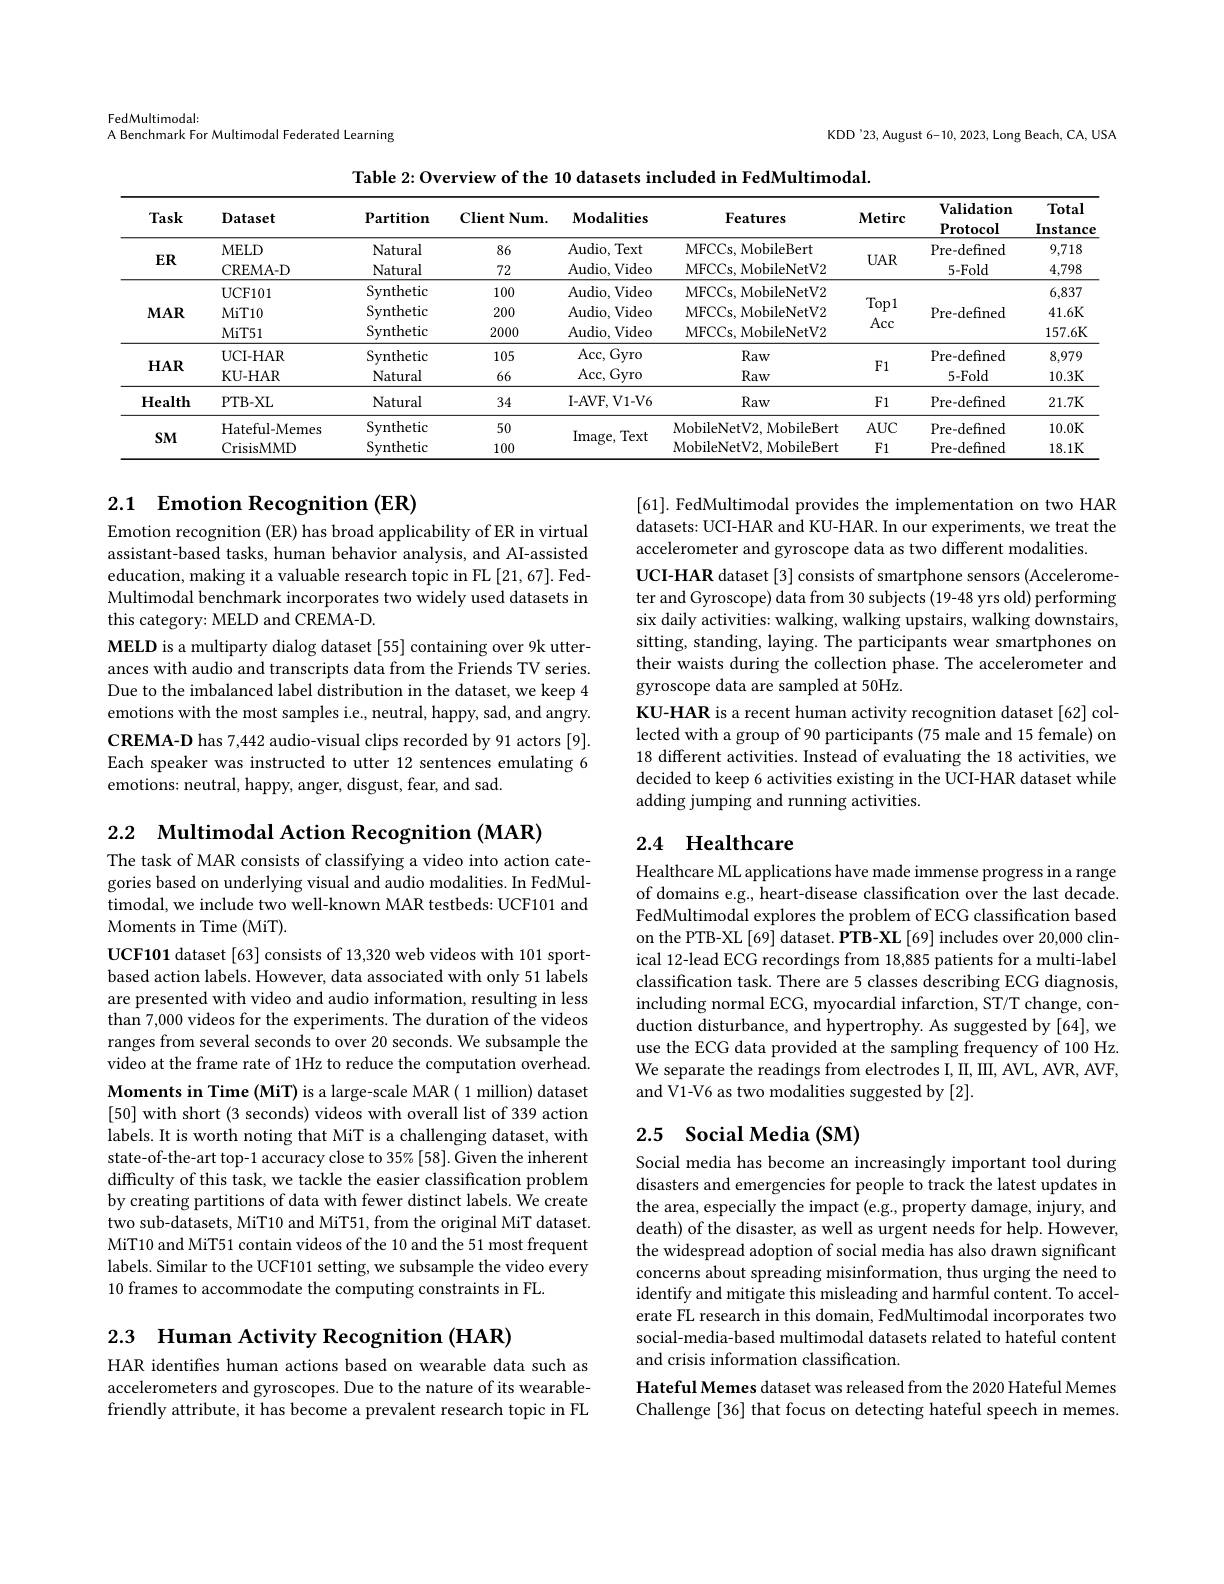
FedMultimodal:
A Benchmark For Multimodal Federated Learning

KDD'23, August 6-10, 2023, Long Beach, CA, USA

Table 2: Overview of the 10 datasets included in FedMultimodal.
<table>
	<tbody>
		<tr>
			<th>Task</th>
			<th>Dataset</th>
			<th>$\mathbf{Partition}$</th>
			<th>Client Num.</th>
			<th>$\mathbf{Modalities}$</th>
			<th>Features</th>
			<th>$\mathbf{Metirc}$</th>
			<th>$\mathbf{Validation}$ $\mathbf{Protocol}$</th>
			<th>Total Instance</th>
		</tr>
		<tr>
			<td rowspan="2">$ER$</td>
			<td>MELD</td>
			<td>Natural</td>
			<td>86</td>
			<td>Audio, Text</td>
			<td>MFCCs, MobileBert</td>
			<td rowspan="2">$UAR$</td>
			<td>Pre-defined</td>
			<td>9,718</td>
		</tr>
		<tr>
			<td>CREMA- D</td>
			<td>Natural</td>
			<td>72</td>
			<td>${\mathrm{Audio,~Video}}$</td>
			<td>MFCCs, MobileNetV2</td>
			<td>5-Fold</td>
			<td>4,798</td>
		</tr>
		<tr>
			<td rowspan="3">$\mathbf{MAR}$</td>
			<td>UCF101</td>
			<td>Synthetic</td>
			<td>100</td>
			<td>Audio, Video</td>
			<td>MFCCs, MobileNetV2</td>
			<td> </td>
			<td> </td>
			<td>6,837</td>
		</tr>
		<tr>
			<td>MiT10</td>
			<td>Synthetic</td>
			<td>200</td>
			<td>Audio, Video</td>
			<td>MFCCs, MobileNetV2</td>
			<td>$10pl$</td>
			<td>Pre-defined</td>
			<td>41.6K</td>
		</tr>
		<tr>
			<td>$MiT51$</td>
			<td>Synthetic</td>
			<td>2000</td>
			<td>Audio, Video</td>
			<td>MFCCs, MobileNetV2</td>
			<td>$ACC$</td>
			<td> </td>
			<td>157.6K</td>
		</tr>
		<tr>
			<td rowspan="2">$HAR$</td>
			<td>UCI- HAR</td>
			<td>Synthetic</td>
			<td>105</td>
			<td>$Acc$, Gyro</td>
			<td>Raw</td>
			<td> </td>
			<td>Pre-defined</td>
			<td>8,979</td>
		</tr>
		<tr>
			<td>KU- HAR</td>
			<td>Natural</td>
			<td>66</td>
			<td>Acc, ( Gyro</td>
			<td>Raw</td>
			<td>$FI$</td>
			<td>$5-Fold$</td>
			<td>10.3K</td>
		</tr>
		<tr>
			<td rowspan="1">$\mathbf{Health}$</td>
			<td>PTB- XL</td>
			<td>Natural</td>
			<td>34</td>
			<td>I- AVF, V1- V6</td>
			<td>Raw</td>
			<td>F1</td>
			<td>Pre-defined</td>
			<td>21.7K</td>
		</tr>
		<tr>
			<td rowspan="3">$SM$</td>
			<td>Hateful-Memes</td>
			<td>Synthetic</td>
			<td>50</td>
			<td rowspan="3">Image, Text</td>
			<td>MobileNetV2, MobileBert</td>
			<td>$AUC$</td>
			<td>Pre-defined</td>
			<td>10.0K</td>
		</tr>
		<tr>
			<td>Hateful-Memes CrisisMMD</td>
			<td>Synthetic Synthetic</td>
			<td>50 100</td>
			<td>MobileNetV2, MobileBert MobileNetV2, MobileBert</td>
			<td>$AUC$ F1</td>
			<td>Pre-defined Pre-defined</td>
			<td>10.0K 18.1K</td>
		</tr>
		<tr>
			<td>CrisisMMD</td>
			<td>Svnthetic</td>
			<td>100</td>
			<td>MobileNetV2, MobileBert</td>
			<td>F1</td>
			<td>Pre-defined</td>
			<td>18.1K</td>
		</tr>
	</tbody>
</table>

## 2.1 Emotion Recognition (ER)

[61]. FedMultimodal provides the implementation on two HAR datasets: UCI-HAR and KU-HAR. In our experiments, we treat the accelerometer and gyroscope data as two different modalities.
UCI-HAR dataset [3] consists of smartphone sensors (Accelerometer and Gyroscope) data from 30 subjects (19-48 yrs old) performing six daily activities: walking, walking upstairs, walking downstairs, sitting, standing, laying. The participants wear smartphones on their waists during the collection phase. The accelerometer and gyroscope data are sampled at 50Hz.
KU-HAR is a recent human activity recognition dataset [62] collected with a group of 90 participants (75 male and 15 female) on 18 different activities. Instead of evaluating the 18 activities, we decided to keep 6 activities existing in the UCI-HAR dataset while adding jumping and running activities.

Emotion recognition (ER) has broad applicability of ER in virtual assistant-based tasks, human behavior analysis, and AI-assisted education, making it a valuable research topic in FL [21,67]. FedMultimodal benchmark incorporates two widely used datasets in this category: MELD and CREMA-D.
MELD is a multiparty dialog dataset [55] containing over 9k utterances with audio and transcripts data from the Friends TV series. Due to the imbalanced label distribution in the dataset, we keep 4 emotions with the most samples i.e., neutral, happy, sad, and angry. CREMA-D has 7,442 audio-visual clips recorded by 91 actors [9]. Each speaker was instructed to utter 12 sentences emulating 6 emotions: neutral, happy, anger, disgust, fear, and sad.

2.2 $\textbf{Multimodal Action Recognition ( MAR) }$

## 2.4 Healthcare

The task of MAR consists of classifying a video into action categories based on underlying visual and audio modalities. In FedMultimodal, we include two well-known MAR testbeds: UCF101 and Moments in Time (MiT).

Healthcare ML applications have made immense progress in a range of domains e.g., heart-disease classification over the last decade. FedMultimodal explores the problem of ECG classification based on the PTB-XL [69] dataset. PTB-XL [69] includes over 20,000 clinical 12-lead ECG recordings from 18,885 patients for a multi-label classification task. There are 5 classes describing ECG diagnosis, including normal ECG, myocardial infarction, ST/T change, conduction disturbance, and hypertrophy. As suggested by [64], we use the ECG data provided at the sampling frequency of 100 Hz. We separate the readings from electrodes I, II, III, AVL, AVR, AVF, and V1-V6 as two modalities suggested by [2].

UCF101 dataset [63] consists of 13,320 web videos with 101 sportbased action labels. However, data associated with only 51 labels are presented with video and audio information, resulting in less than 7,000 videos for the experiments. The duration of the videos ranges from several seconds to over 20 seconds. We subsample the video at the frame rate of 1Hz to reduce the computation overhead. Moments in Time (MiT) is a large-scale MAR ( 1 million) dataset [50] with short (3 seconds) videos with overall list of 339 action labels. It is worth noting that MiT is a challenging dataset, with state-of-the-art top-1 accuracy close to 35%[58]. Given the inherent difficulty of this task, we tackle the easier classification problem by creating partitions of data with fewer distinct labels. We create two sub-datasets, MiT10 and MiT51, from the original MiT dataset. MiT10 and MiT51 contain videos of the 10 and the 51 most frequent labels. Similar to the UCF101 setting, we subsample the video every 10 frames to accommodate the computing constraints in FL.

## 2.5 Social Media (SM) Social media has become an increasingly important tool during

disasters and emergencies for people to track the latest updates in the area, especially the impact (e.g., property damage, injury, and death) of the disaster, as well as urgent needs for help. However, the widespread adoption of social media has also drawn significant concerns about spreading misinformation, thus urging the need to identify and mitigate this misleading and harmful content. To accelerate FL research in this domain, FedMultimodal incorporates two social-media-based multimodal datasets related to hateful content and crisis information classification.
Hateful Memes dataset was released from the 2020 Hateful Memes Challenge [36] that focus on detecting hateful speech in memes.

2.3 Human Activity Recognition (HAR)

HAR identifies human actions based on wearable data such as accelerometers and gyroscopes. Due to the nature of its wearablefriendly attribute, it has become a prevalent research topic in FL